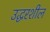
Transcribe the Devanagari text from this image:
उद्धरशील